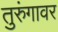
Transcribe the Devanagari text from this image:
तुरुंगावर